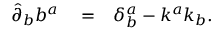
\begin{array} { r l r } { \hat { \partial } _ { b } b ^ { a } } & { { } = } & { \delta _ { b } ^ { a } - k ^ { a } k _ { b } . } \end{array}